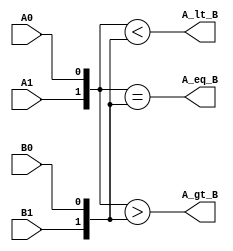
module compare_2_RTL (A_lt_B, A_gt_B, A_eq_B, A1, A0, B1, B0);
  input 		A1, A0, B1, B0;
  output 		A_lt_B, A_gt_B, A_eq_B;
  reg 		A_lt_B, A_gt_B, A_eq_B;

  always @ (A0 or A1 or B0 or B1) begin
    A_lt_B = 	({A1,A0} < {B1,B0});
    A_gt_B = 	({A1,A0} > {B1,B0});
    A_eq_B = 	({A1,A0} == {B1,B0});
  end
endmodule